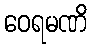
ဝေရမဏိ